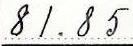
81.85